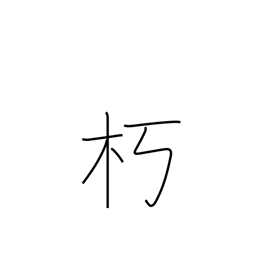
Meaning: remain in seclusion